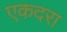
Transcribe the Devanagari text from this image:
एकदरा